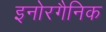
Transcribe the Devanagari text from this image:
इनोरगैनिक